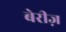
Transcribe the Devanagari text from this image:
बेरीज़